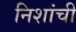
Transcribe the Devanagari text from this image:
निशांची